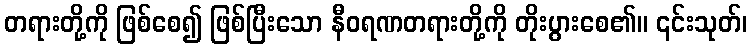
တရားတို့ကို ဖြစ်စေ၍ ဖြစ်ပြီးသော နီဝရဏတရားတို့ကို တိုးပွားစေ၏။ ၎င်းသုတ်၊